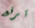
ترفع